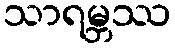
သာရမ္ဘဿ